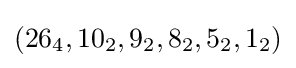
(26_{4},10_{2},9_{2},8_{2},5_{2},1_{2})